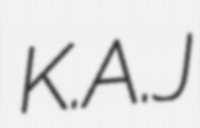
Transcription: K.A.J